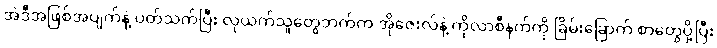
အဲဒီအဖြစ်အပျက်နဲ့ ပတ်သက်ပြီး လုယက်သူတွေဘက်က အိုဇေးလ်နဲ့ ကိုလာစီနက်ကို ခြိမ်းခြောက် စာတွေပို့ပြီး